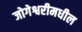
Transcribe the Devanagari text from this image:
जोगेश्वरीमधील